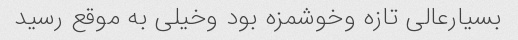
بسیارعالی تازه وخوشمزه بود وخیلی به موقع رسید